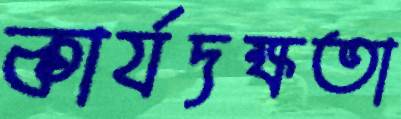
কার্যদক্ষতা